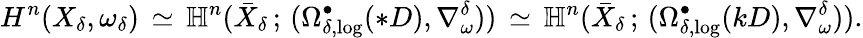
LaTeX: H^{n}(X_{\delta},\omega_{\delta})\, \simeq\, \mathbb{H}^{n}(\bar{X}_{\delta}\, ;\, (\Omega_{\delta,\log}^{\bullet}(*D),\nabla_{\omega}^{\delta}))\, \simeq\, \mathbb{H}^{n}(\bar{X}_{\delta}\, ;\, (\Omega_{\delta,\log}^{\bullet}(kD),\nabla_{\omega}^{\delta})).